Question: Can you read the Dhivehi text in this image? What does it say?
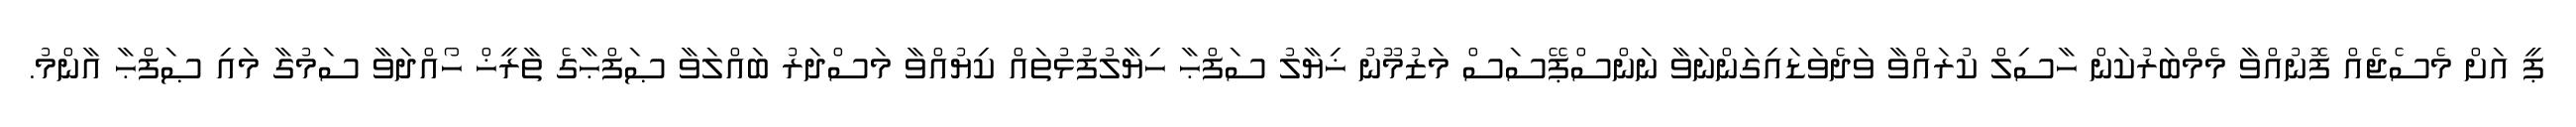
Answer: ޕީ އަށް މެސެޖެއް ފޮނުއްވާ މެމްބަރުކަން ހާސިލް ކުރައްވާ ވަދެވަޑައިގަންނަވާ ނަންސްޕޭސަސް މަޒުމޫނު ޚިޔާލު ސަފްޙާ ހިޔާލުފުޅުތައް ކިޔުއްވާ މަސްދަރު ބައްލަވާ ޞަފްޙާގެ ތާރީޚް ހޯއްދަވާ ސަމުގާ މައި ޞަފްޙާ އާންމު.